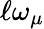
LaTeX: \mathcal{\ell\omega}_{\mu}